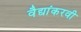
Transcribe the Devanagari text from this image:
वैद्यांकरवी